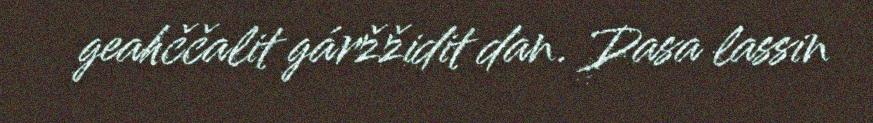
geahččalit gáržžidit dan. Dasa lassin